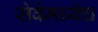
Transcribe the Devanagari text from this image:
सेवेमध्येच